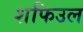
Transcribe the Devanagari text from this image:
शफिउल